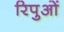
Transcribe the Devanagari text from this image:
रिपुओं